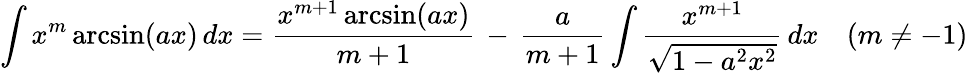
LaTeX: \int x^{m}\arcsin(ax)\, dx={\frac{x^{m+1}\arcsin(ax)}{m+1}}\, -\, {\frac{a}{m+1}}\int{\frac{x^{m+1}}{\sqrt{1-a^{2}x^{2}}}}\, dx\quad(m\neq-1)